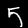
Label: 5